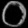
Digit: ၀